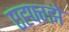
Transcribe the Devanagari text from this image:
एह्फ्ग्झे